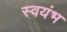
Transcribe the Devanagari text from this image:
स्वयंभ